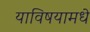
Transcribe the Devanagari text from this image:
याविषयामधे